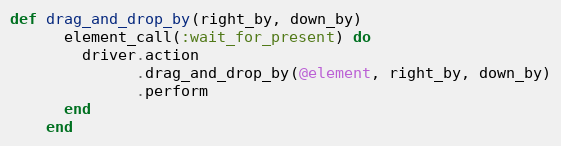
Language: Ruby
def drag_and_drop_by(right_by, down_by)
      element_call(:wait_for_present) do
        driver.action
              .drag_and_drop_by(@element, right_by, down_by)
              .perform
      end
    end